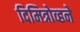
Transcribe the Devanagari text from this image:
दिमित्रोव्हने